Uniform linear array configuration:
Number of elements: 12
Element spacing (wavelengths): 0.5
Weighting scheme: binomial
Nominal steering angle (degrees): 30
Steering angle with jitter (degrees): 29.879
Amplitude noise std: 0.05
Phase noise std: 0.05

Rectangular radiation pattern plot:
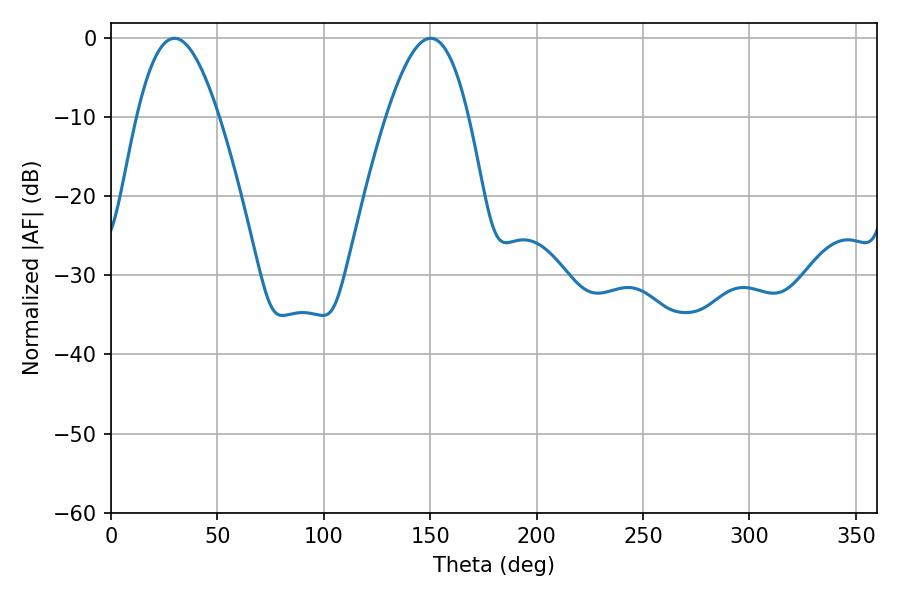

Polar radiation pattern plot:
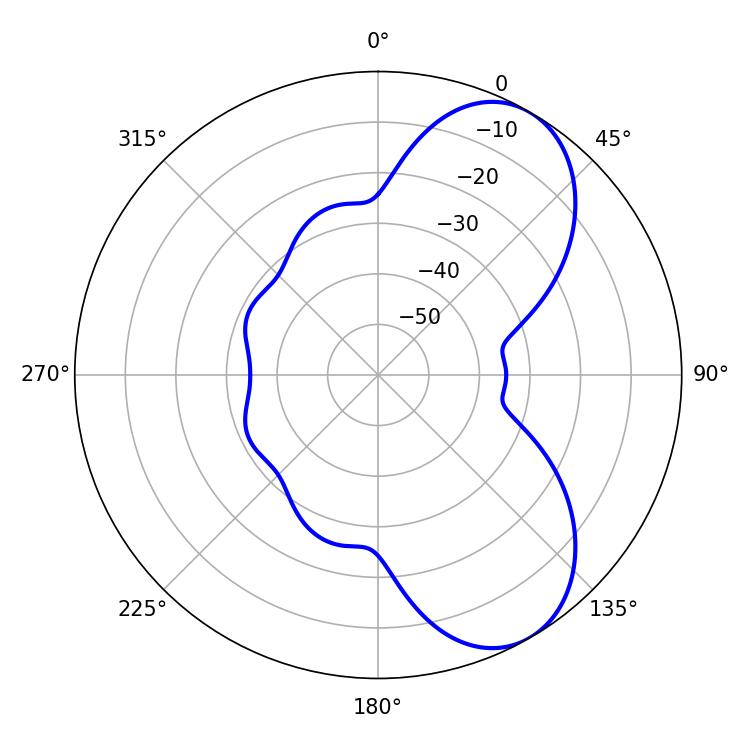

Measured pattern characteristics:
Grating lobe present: FALSE
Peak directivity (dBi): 6.995
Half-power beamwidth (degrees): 21.06
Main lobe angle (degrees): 29.88